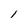
Character: l